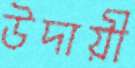
উদায়ী